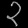
Digit: ၃